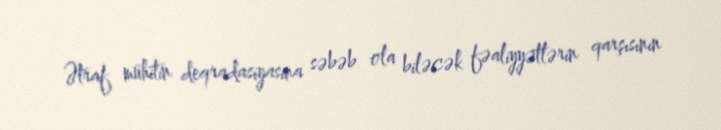
Ətraf mühitin deqradasiyasına səbəb ola biləcək fəaliyyətlərin qarşısının